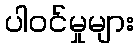
ပါဝင်မှုများ